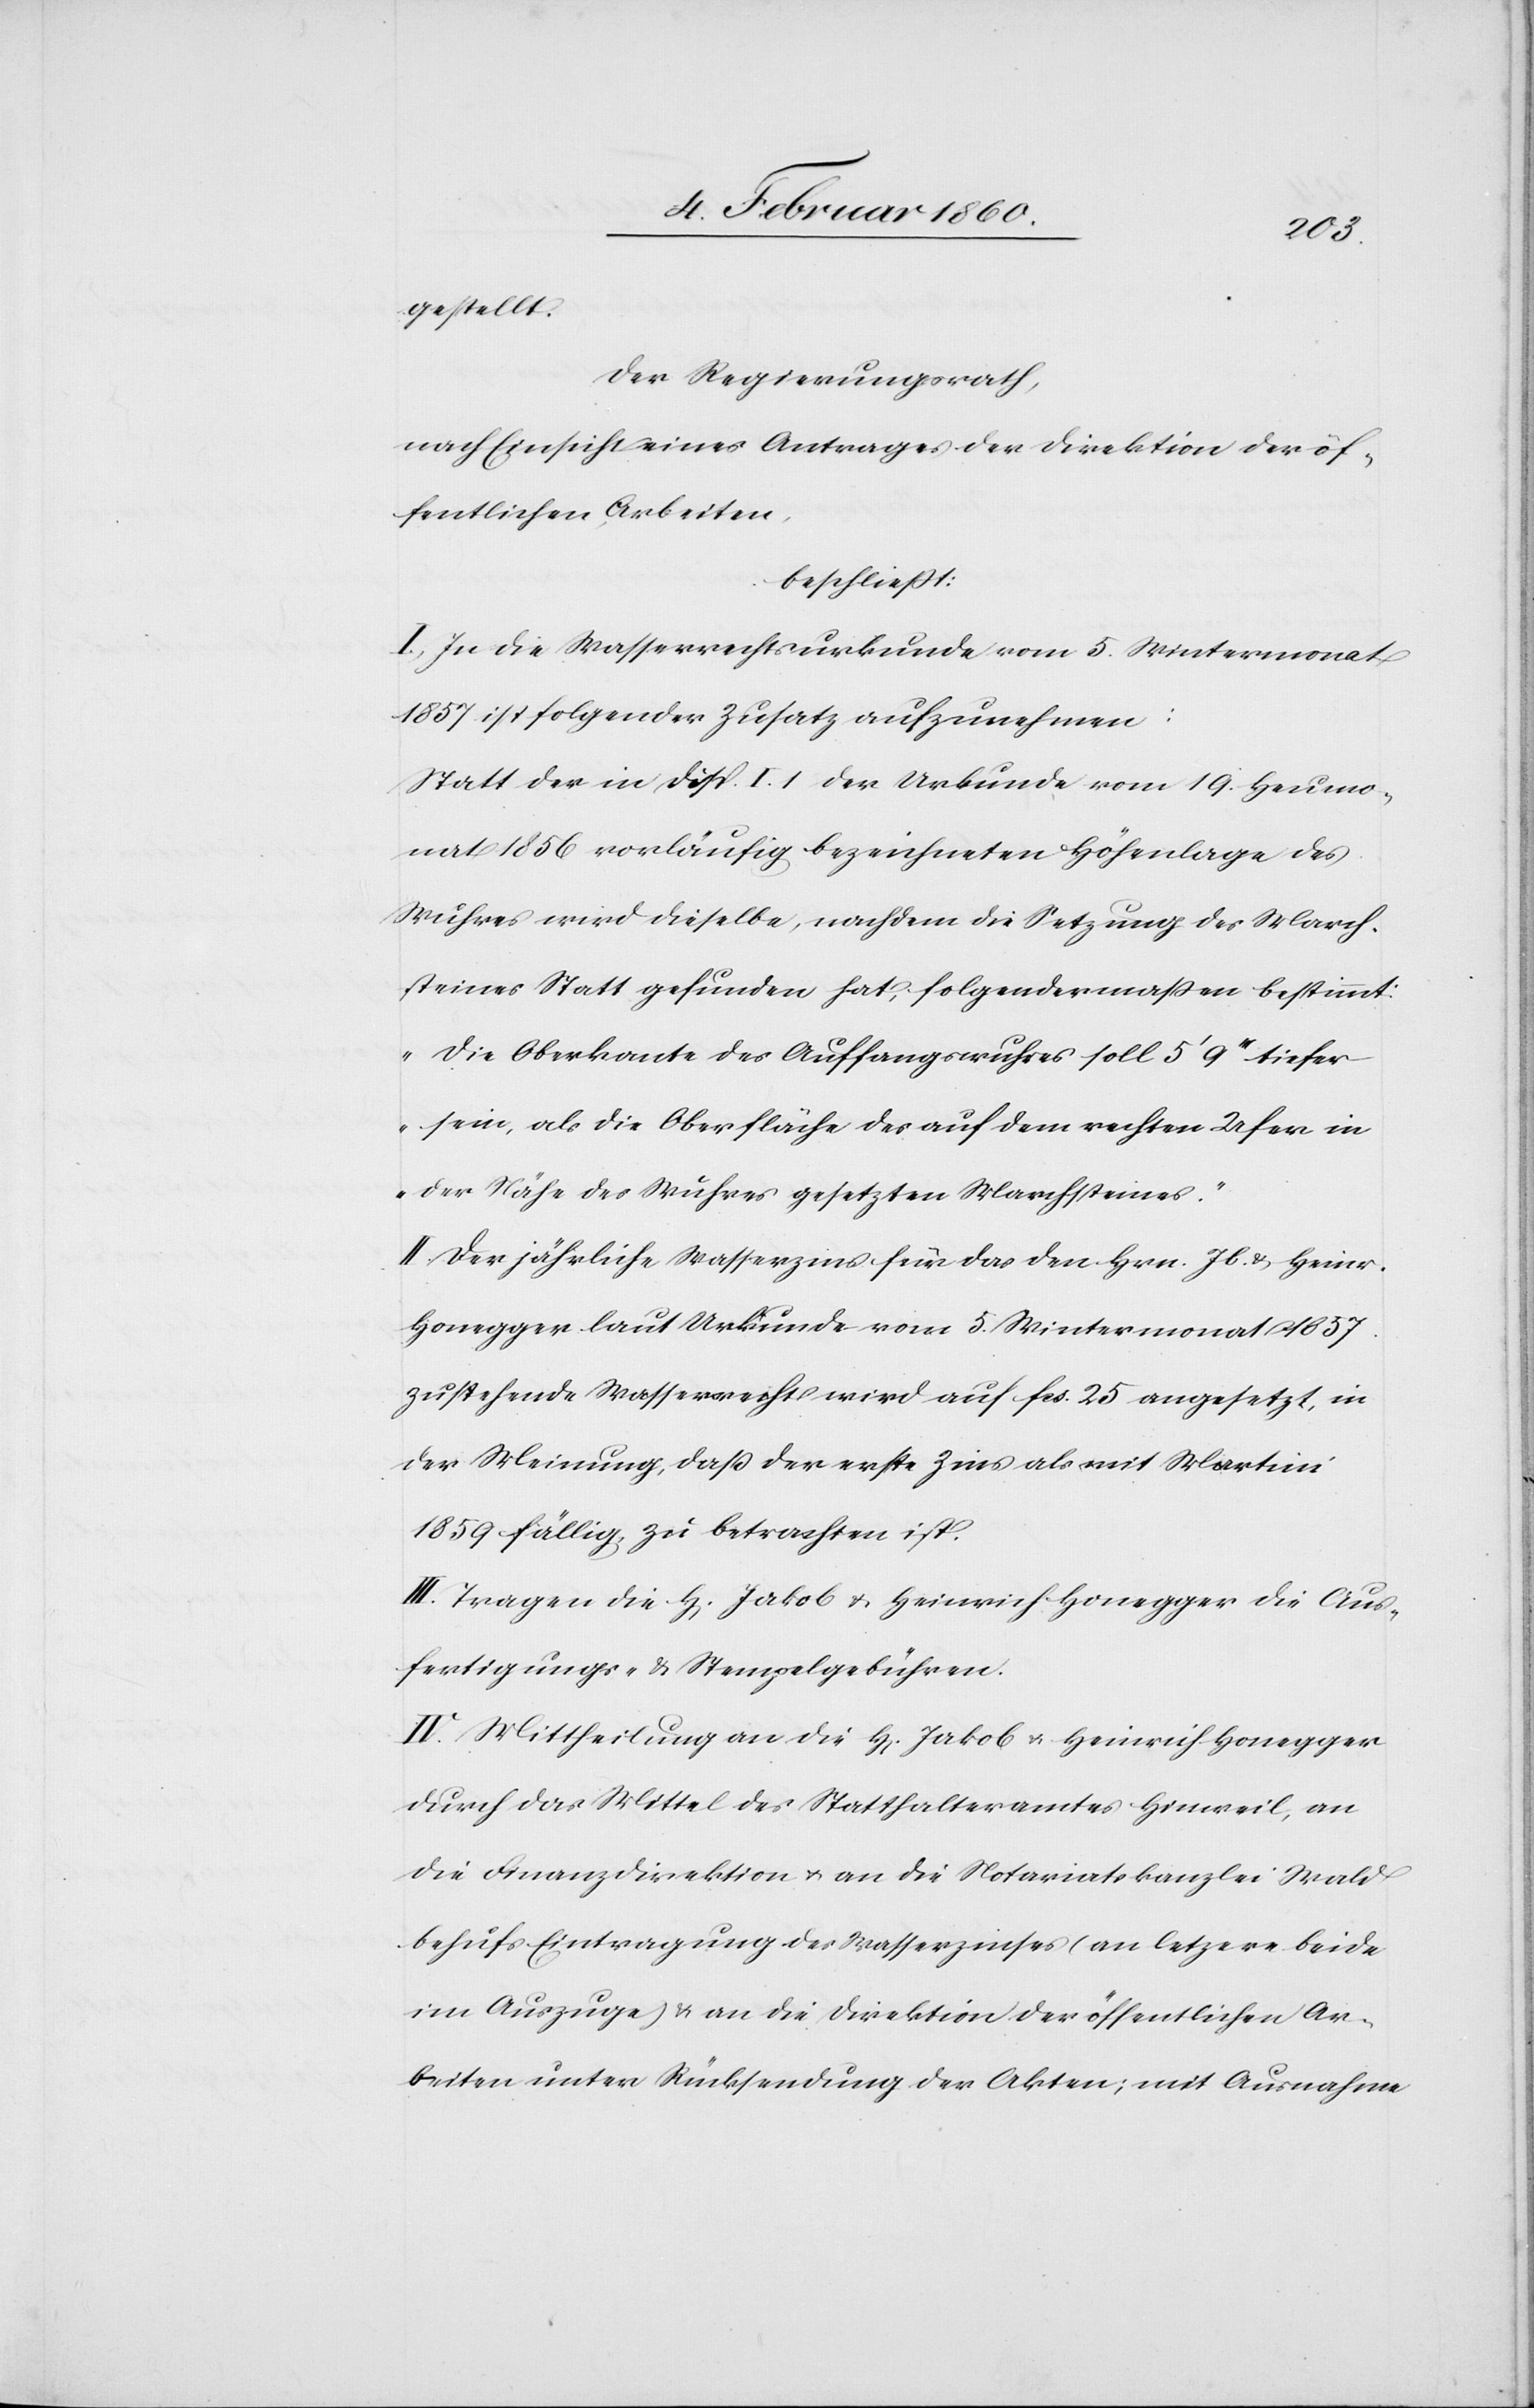
gestellt.
Der Regierungsrath,
nach Einsicht eines Antrages der Direktion der öf¬
fentlichen Arbeiten,
beschliesst:
I. In die Wasserrechtsurkunde vom 5. Wintermonat
1857 ist folgender Zusatz aufzunehmen:
Statt der in Disp. I. 1. der Urkunde vom 19. Heumo¬
nat 1856. vorläufig bezeichneten Höhenlage des
Wuhres wird dieselbe, nachdem die Setzung des March¬
steines Statt gefunden hat, folgendermaßen bestimmt:
„Die Oberkante des Auffangwuhres soll 5’ 9’’ tiefer
sein, als die Oberfläche des auf dem rechten Ufer in
der Nähe des Wuhres gesetzten Marchsteines.“
II. Der jährliche Wasserzins für das den Hrn. Jb. u. Heinr.
Honegger laut Urkunde vom 5. Wintermonat 1857.
zustehende Wasserrecht wird auf fcs. 25. angesetzt, in
der Meinung, dass der erste Zins als mit Martini
1859 fällig zu betrachten ist.
III. Tragen die H. Jakob u. Heinrich Honegger die Aus¬
fertigungs- u. Stempelgebühren.
IV. Mittheilung an die H. Jakob u. Heinrich Honegger
durch das Mittel des Statthalteramtes Hinweil, an
die Finanzdirektion u. an die Notariatskanzlei Wald
behufs Eintragung des Wasserzinses (an letztere beide
im Auszuge) u. an die Direktion der öffentlichen Ar¬
beiten unter Rücksendung der Akten, mit Ausnahme